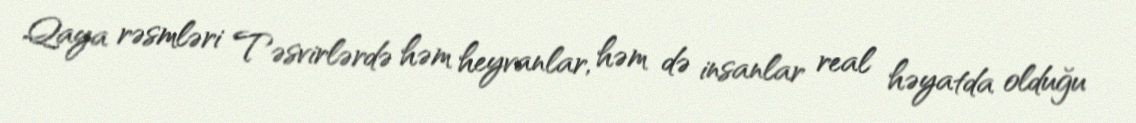
Qaya rəsmləri Təsvirlərdə həm heyvanlar, həm də insanlar real həyatda olduğu